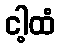
ငါ့ထံ